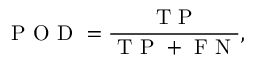
\mathrm { ~ P ~ O ~ D ~ } = \frac { \mathrm { ~ T ~ P ~ } } { \mathrm { ~ T ~ P ~ + ~ F ~ N ~ } } ,